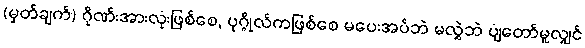
(မှတ်ချက်) ဂိုဏ်းအားလုံးဖြစ်စေ, ပုဂ္ဂိုလ်ကဖြစ်စေ မပေးအပ်ဘဲ မလွှဲဘဲ ပျံတော်မူလျှင်